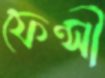
ফেন্সী